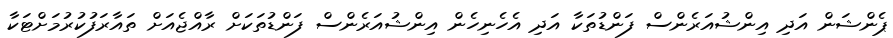
ޕެންޝަން އަދި އިންޝުއަރެންސް ފަންޑުތަކާ އަދި އެހެނިހެން އިންޝުއަރެންސް ފަންޑުތަކަށް ރާއްޖެއަށް ތައާރަފުކުރުމަށްޓަކާ